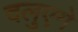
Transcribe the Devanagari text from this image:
दलुएगे